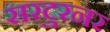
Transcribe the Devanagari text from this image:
सरटुरनर